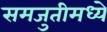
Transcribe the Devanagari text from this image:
समजुतीमध्ये